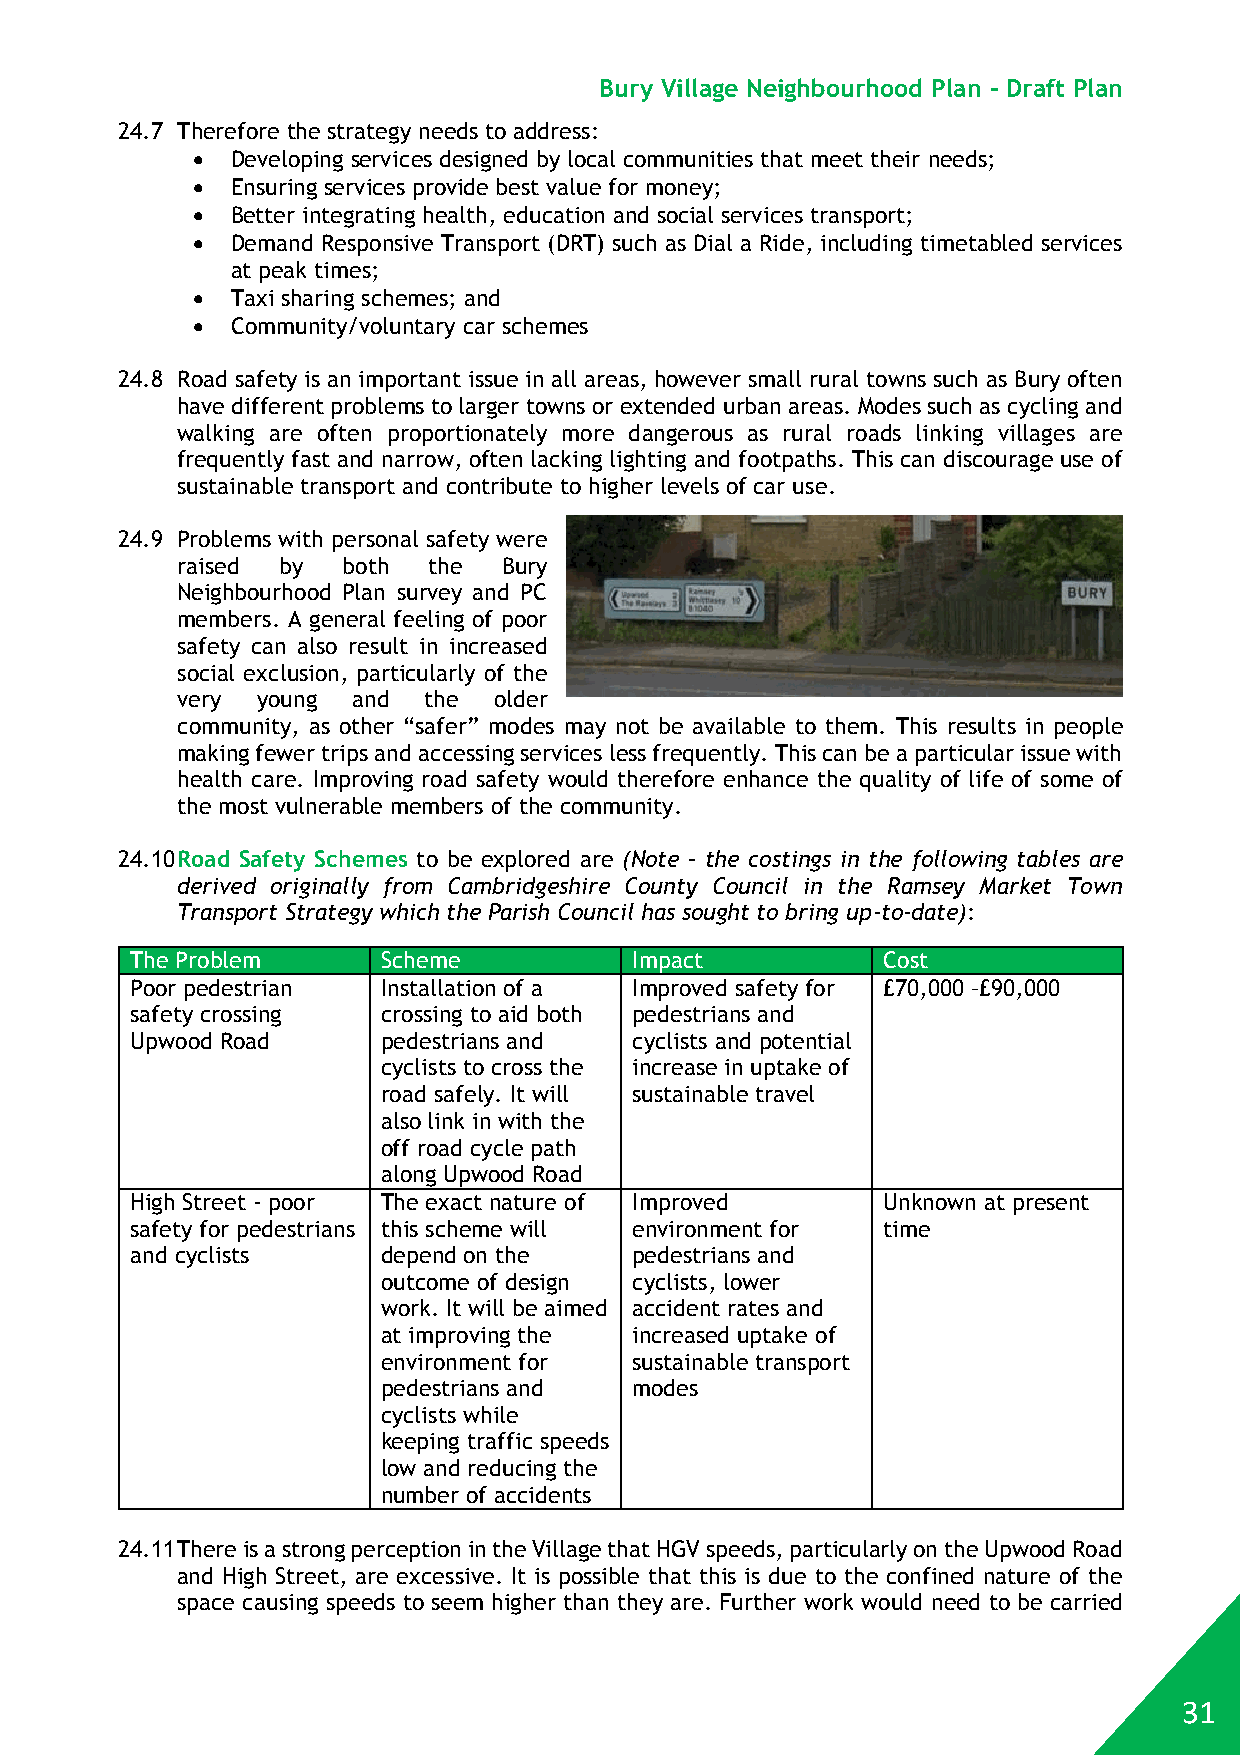
Bury Village Neighbourhood Plan - Draft Plan
 24.7 Therefore the strategy needs to address:
  Developing services designed by local communities that meet their needs;
  Ensuring services provide best value for money;
  Better integrating health, education and social services transport;
  Demand Responsive Transport (DRT) such as Dial a Ride, including timetabled services
 at peak times;
  Taxi sharing schemes; and
  Community/voluntary car schemes
 24.8 Road safety is an important issue in all areas, however small rural towns such as Bury often
 have different problems to larger towns or extended urban areas. Modes such as cycling and
 walking are often proportionately more dangerous as rural roads linking villages are
 frequently fast and narrow, often lacking lighting and footpaths. This can discourage use of
 sustainable transport and contribute to higher levels of car use.
 24.9 Problems with personal safety were
 raised by  both the  Bury
 Neighbourhood Plan survey and PC
 members. A general feeling of poor
 safety can also result in increased
 social exclusion, particularly of the
 very young and  the  older
 community, as other “safer” modes may not be available to them. This results in people
 making fewer trips and accessing services less frequently. This can be a particular issue with
 health care. Improving road safety would therefore enhance the quality of life of some of
 the most vulnerable members of the community.
 24.10 Road Safety Schemes to be explored are (Note – the costings in the following tables are
 derived originally from Cambridgeshire County Council in the Ramsey Market Town
 Transport Strategy which the Parish Council has sought to bring up-to-date):
 The Problem     Scheme           Impact          Cost
 Poor pedestrian Installation of a Improved safety for £70,000 –£90,000
 safety crossing crossing to aid both pedestrians and
 Upwood Road     pedestrians and  cyclists and potential
 cyclists to cross the increase in uptake of
 road safely. It will sustainable travel
 also link in with the
 off road cycle path
 along Upwood Road
 High Street - poor The exact nature of Improved  Unknown at present
 safety for pedestrians this scheme will environment for time
 and cyclists    depend on the    pedestrians and
 outcome of design cyclists, lower
 work. It will be aimed accident rates and
 at improving the increased uptake of
 environment for  sustainable transport
 pedestrians and  modes
 cyclists while
 keeping traffic speeds
 low and reducing the
 number of accidents
 24.11 There is a strong perception in the Village that HGV speeds, particularly on the Upwood Road
 and High Street, are excessive. It is possible that this is due to the confined nature of the
 space causing speeds to seem higher than they are. Further work would need to be carried
 31